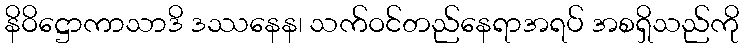
နိဝိဋ္ဌောကာသာဒိ ဒဿနေန၊ သက်ဝင်တည်နေရာအရပ် အစရှိသည်ကို